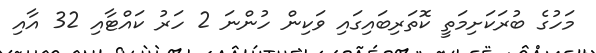
މަހުގެ ބުރަކަށިމަތީ ކޮތަރިބައިގައި ވަކިން ހުންނަ 2 ހަރު ކައްޓާއި 32 އާއި